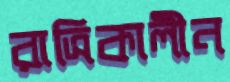
রাত্রিকালীন